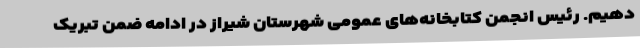
دهیم. رئیس انجمن کتابخانه‌های عمومی شهرستان شیراز در ادامه ضمن تبریک